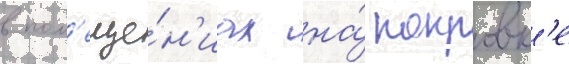
в пом'еще́н'иах на́ покровк'е